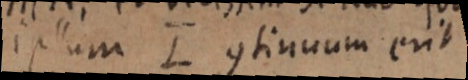
ipsum L continuum erit